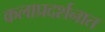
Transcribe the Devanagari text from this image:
कलाप्रदर्शनात